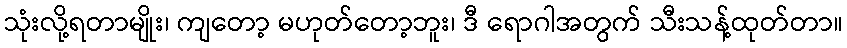
သုံးလို့ရတာမျိုး၊ ကျတော့ မဟုတ်တော့ဘူး၊ ဒီ ရောဂါအတွက် သီးသန့်ထုတ်တာ။